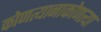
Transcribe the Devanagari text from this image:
कोणत्यानाकोणत्या